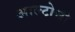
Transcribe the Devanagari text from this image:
आल्टोची